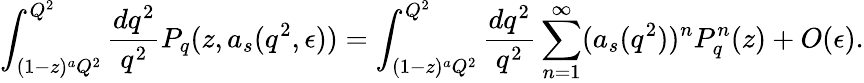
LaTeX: \int_{(1-z)^{a}Q^{2}}^{Q^{2}}\frac{dq^{2}}{q^{2}}P_{q}(z,a_{s}(q^{2},\epsilon))=\int_{(1-z)^{a}Q^{2}}^{Q^{2}}\frac{dq^{2}}{q^{2}}\sum_{n=1}^{\infty}(a_{s}(q^{2}))^{n}P_{q}^{n}(z)+O(\epsilon).